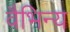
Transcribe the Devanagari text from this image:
वैभिन्य